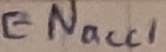
Text: ENacc1